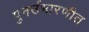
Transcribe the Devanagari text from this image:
पुनर्उभारणीत